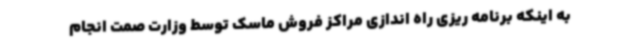
به اینکه برنامه ریزی راه اندازی مراکز فروش ماسک توسط وزارت صمت انجام